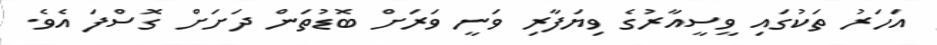
އަހަރު ތަކުގައި ވީސީއާރުގެ ވިޔަފާރި ވަނީ ވަރަށް ބޮޑުތަން ދަށަށް ގޮސްފަ އެވެ.